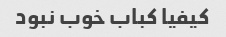
کیفیا کباب خوب نبود